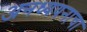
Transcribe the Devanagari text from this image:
अनध्ययनाचा